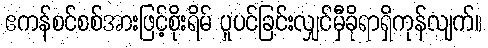
ဧကန်စင်စစ်အားဖြင့်စိုးရိမ် ပူပင်ခြင်းလျှင်မှီခိုရာရှိကုန်လျက်။